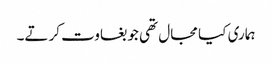
ہماری کیا مجال تھی جو بغاوت کرتے۔